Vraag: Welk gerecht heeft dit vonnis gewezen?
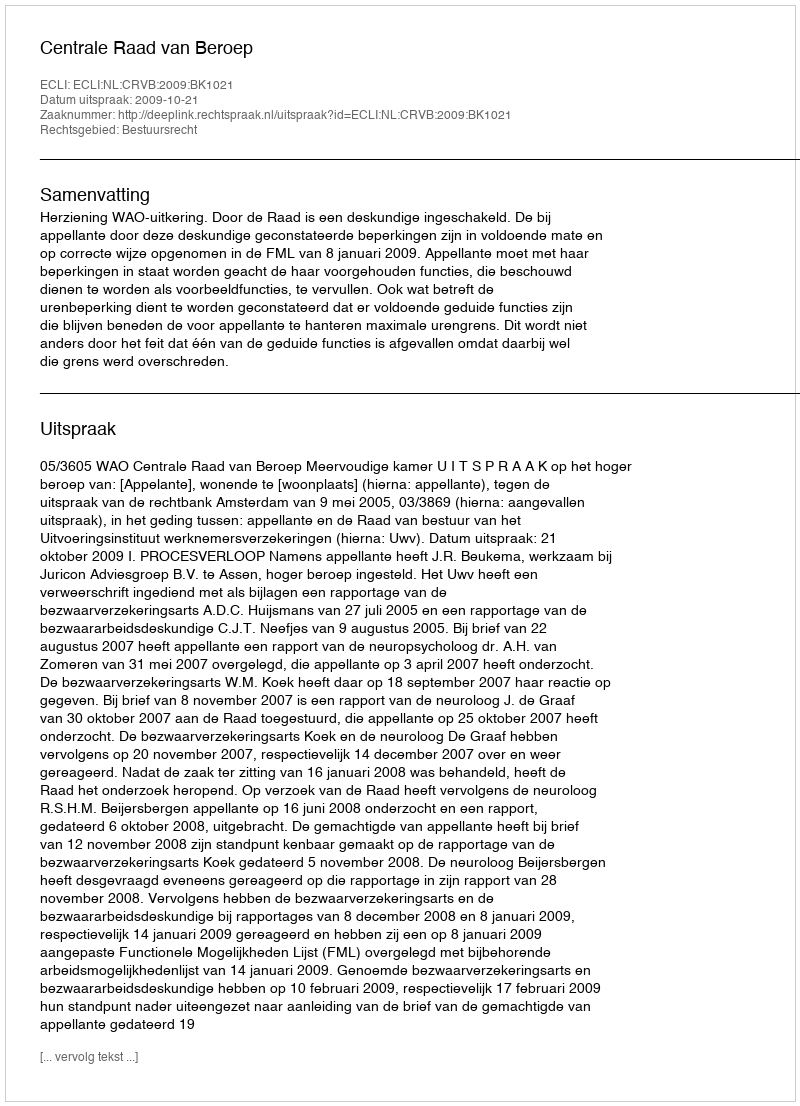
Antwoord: Centrale Raad van Beroep